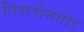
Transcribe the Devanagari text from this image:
तिरूचेनगोड